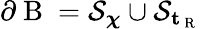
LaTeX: \partial\mathrm{~B~}=\mathcal{S}_{\boldsymbol{\chi}}\cup\mathcal{S}_{\textbf{t}_{\mathrm{~R~}}}